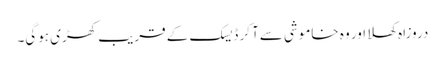
دروزاہ کھلا اور وہ خاموشی سےآ کر ڈیسک کے قریب کھڑی ہوگی۔